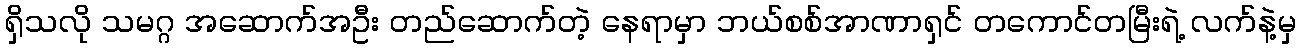
ရှိသလို သမဂ္ဂ အဆောက်အဦး တည်ဆောက်တဲ့ နေရာမှာ ဘယ်စစ်အာဏာရှင် တကောင်တမြီးရဲ့ လက်နဲ့မှ